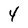
Character: 4